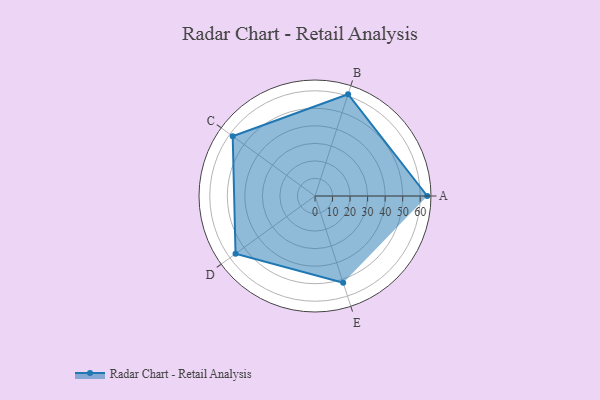
{"axis": {"x": "Skill", "y": "Score"}, "legend": ["Profile"], "data": [{"x": "A", "y": 64.0, "type": "Profile"}, {"x": "B", "y": 61.0, "type": "Profile"}, {"x": "C", "y": 58.0, "type": "Profile"}, {"x": "D", "y": 56.0, "type": "Profile"}, {"x": "E", "y": 52.0, "type": "Profile"}]}